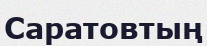
Саратовтың